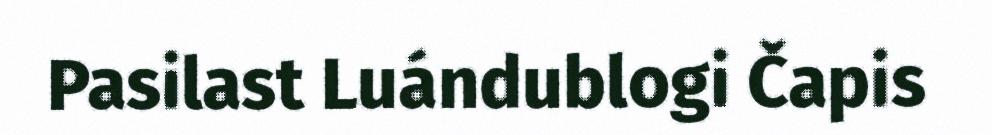
Pasilast Luándublogi Čapis